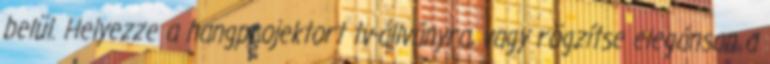
belül. Helyezze a hangprojektort tv-állványra, vagy rögzítse elegánsan a